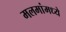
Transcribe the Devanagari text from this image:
मलमांमध्ये